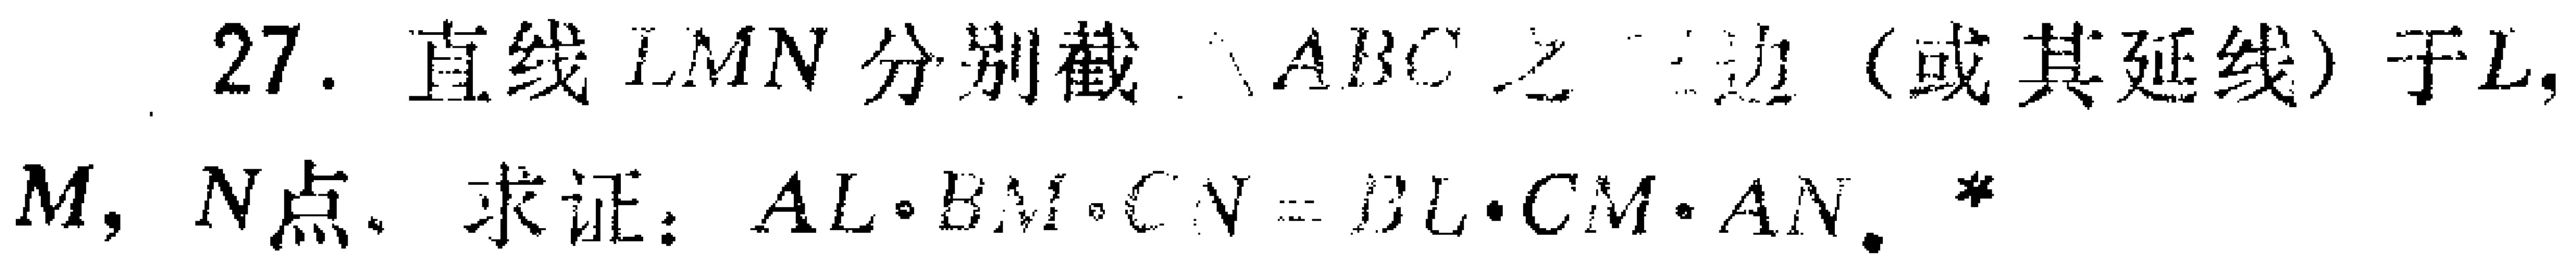
27. 直线 \(LMN\) 分别截 \(\triangle ABC\) 之三边（或其延线）于 \(L,M,N\) 点. 求证：\(AL\cdot BM\cdot CN = BL\cdot CM\cdot AN\).